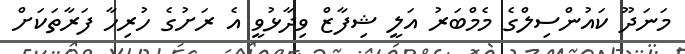
މަނަދޫ ކައުންސިލްގެ މެމްބަރު އަލީ ޝިފާޒް ވިދާޅުވީ އެ ރަށުގެ ހުރިހާ ފަރާތަކަށް